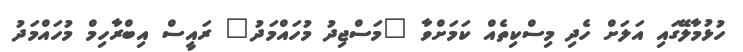
ހުޅުމާލޭގައި އަލަށް ހެދި މިސްކިތެއް ކަމަށްވާ "މަސްޖިދު މުހައްމަދު" ރައީސް އިބްރާހިމް މުހައްމަދު